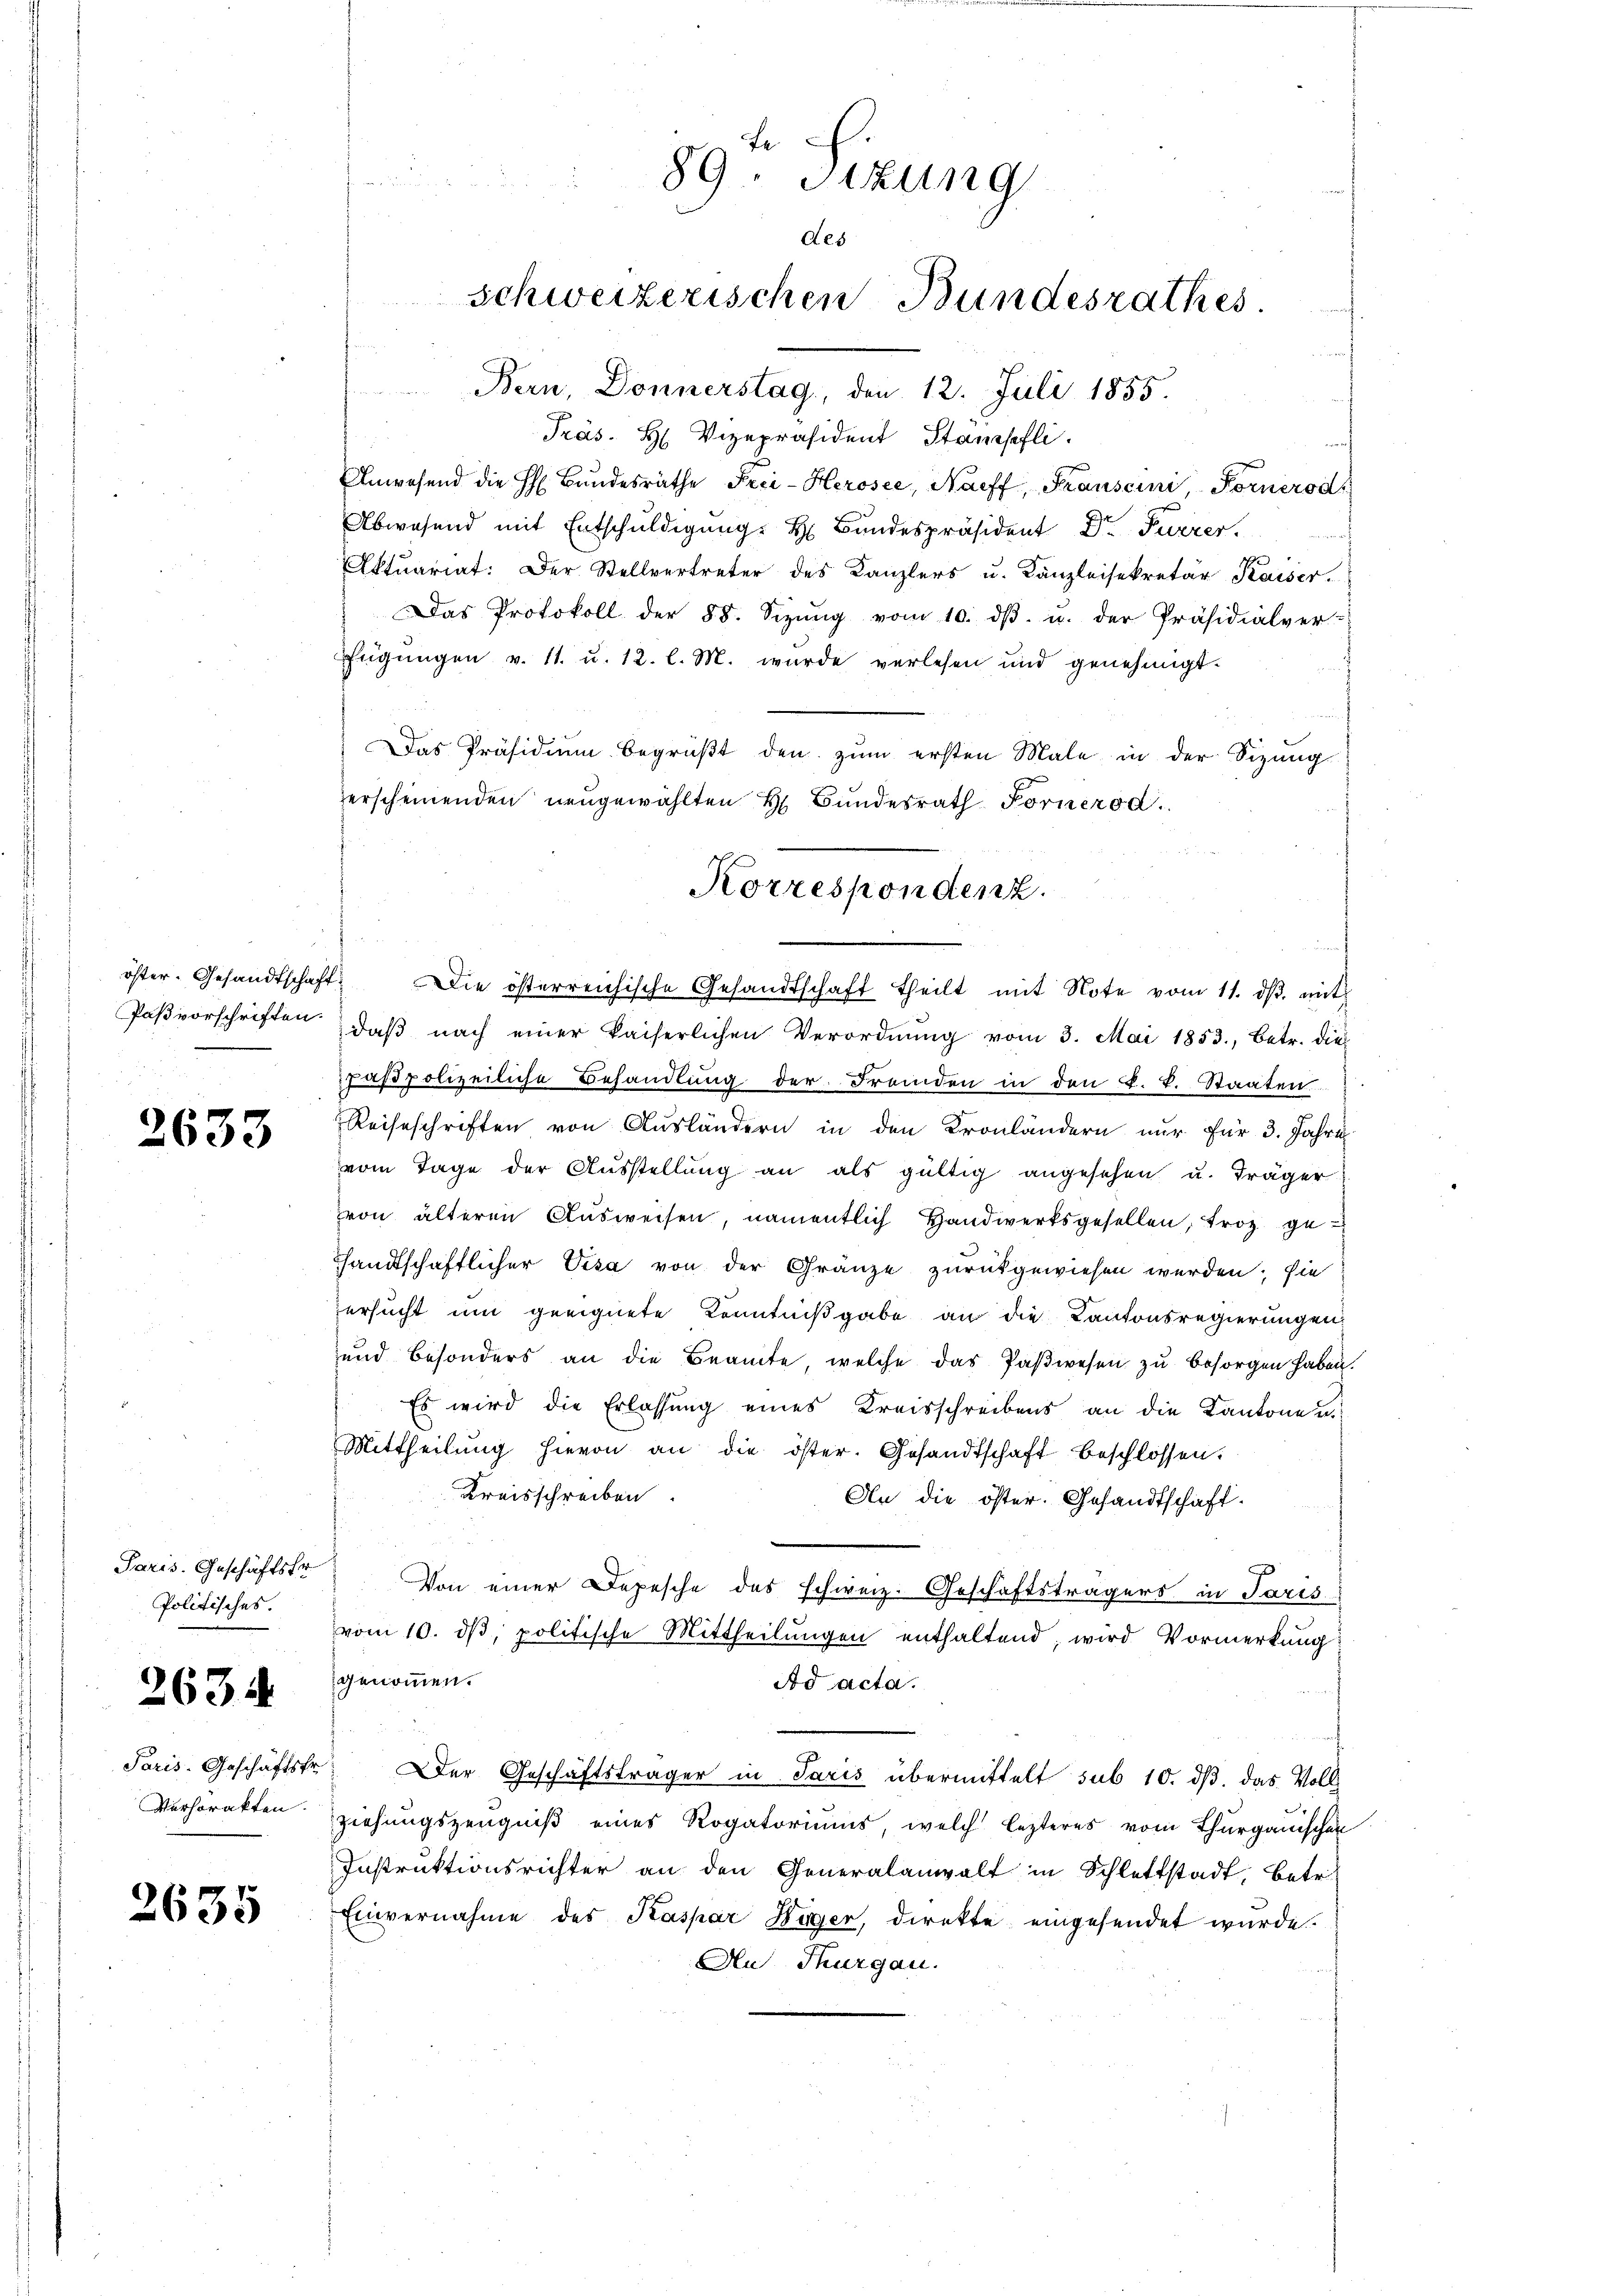
Paßvorschriften.

2633

Paris. Geschäftsfr.
Politisches.

2634

Paris-Geschäftsfr.
Verhörakten.

2635

Le
89. Sizung
n
des
schweizerischen Bundesrathes.
Bern, Donnerstag, den 12. Juli 1855.

Präs. H. Vizepräsident Stampfli
d
Anwesend die H. Bŭndesräthe Frei-Herosee, Naeff, Franscini, Fornerod
Abwesend mit Entschuldigung. H. Bundespräsident Dr Furrer.
Aktuariat: Der Stellvertreter des Kanzlers u. Kanzleisekretär Kaiser.
Das Protokoll der 88. Sizŭng vom 10. dβ. u. der Präsidialver-
fügungen v. 11. u. 12. l. M. wurde verlesen und genehmigt.
Das Präsidium begrüβt den zum ersten Male in der Sizung
erscheinenden neugewählten H. Bundesrath Fornerod.
öster. Gesandtschaft. Die österreichische Gesandtschaft theilt mit Note vom 11. dβ. mit
daβ nach einer kaiserlichen Verordnŭng vom 3. Mai 1853, betr. die
pastpolizeiliche Behandlung der Fremden in den k. k. Staaten
Reiseschriften von Ausländern in den Kronländern nur für 3. Jahre
vom Tage der Aŭsstellŭng an als gültig angesehen u. Träger
von älteren Ausweisen, namentlich Handwerksgesellen, froh gesandtschaftlicher Visa von der Gränze zurückgewiesen werden; sie
ersucht um geeignete Kenntnißgabe an die Kantonsregierungen,
und besonders an die Beamte, welche das Paßwesen zu besorgen haben.
Es wird die Erlassung eines Kreisschreibens an die Kantone ni
Mittheilŭng hievon an die öster. Gesandtschaft beschlossen.
Kreisschreiben.
An die öster. Gesandtschaft.
Von einer Depesche des schweiz. Geschäftsträgers in Paris
vom 10. dβ, politische Mittheilungen enthaltend, wird Vormerkung
genommen.
Ad acta.
Der Geschäftsträger in Paris übermittelt sub 10. ds. das Voll
ziehungszeugniß eines Rogatoriums, welch lezteres vom Thurgauischen
Instruktionsrichter an den Generalanwalt in Schlattstadt, betr.
Einvernahme des Kaspar Hager, direkte eingesendet wurde.
An Thurgau.

Korrespondenz.